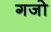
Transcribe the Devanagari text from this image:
गजो